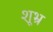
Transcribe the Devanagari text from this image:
शूभ्र